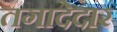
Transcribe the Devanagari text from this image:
तगादेदार